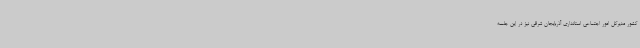
کشور مدیرکل امور اجتماعی استانداری آذربایجان شرقی نیز در این جلسه